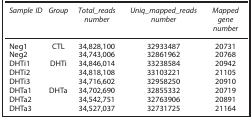
<table><thead><tr><td><b><i>Sample ID</i></b></td><td><b><i>Group</i></b></td><td><b><i>Total_reads number</i></b></td><td><b><i>Uniq_mapped_reads number</i></b></td><td><b><i>Mapped gene number</i></b></td></tr></thead><tbody><tr><td>Neg1</td><td>CTL</td><td>34,828,100</td><td>32933487</td><td>20731</td></tr><tr><td>Neg2</td><td> </td><td>34,743,006</td><td>32861962</td><td>20768</td></tr><tr><td>DHTi1</td><td>DHTi</td><td>34,846,014</td><td>33238584</td><td>20942</td></tr><tr><td>DHTi2</td><td> </td><td>34,818,108</td><td>33103221</td><td>21105</td></tr><tr><td>DHTi3</td><td> </td><td>34,716,602</td><td>32958250</td><td>20910</td></tr><tr><td>DHTa1</td><td>DHTa</td><td>34,702,690</td><td>32855332</td><td>20719</td></tr><tr><td>DHTa2</td><td> </td><td>34,542,751</td><td>32763906</td><td>20891</td></tr><tr><td>DHTa3</td><td> </td><td>34,527,037</td><td>32731725</td><td>21164</td></tr></tbody></table>